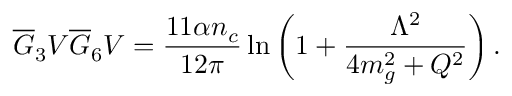
\overline { { G } } _ { 3 } V \overline { { G } } _ { 6 } V = { \frac { 1 1 \alpha n _ { c } } { 1 2 \pi } } \ln { \bigg ( 1 + { \frac { \Lambda ^ { 2 } } { 4 m _ { g } ^ { 2 } + Q ^ { 2 } } } \bigg ) } \, .